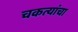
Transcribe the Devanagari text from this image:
चकत्यांचा